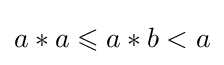
a*a\leqslant a*b<a